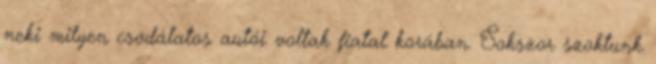
neki milyen csodálatos autói voltak fiatal korában. Sokszor szoktunk